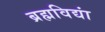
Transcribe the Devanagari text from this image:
ब्रह्मविद्यां